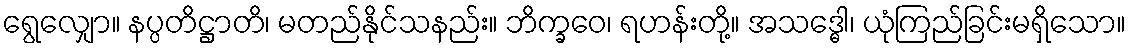
ရွေလျှော။ နပ္ပတိဋ္ဌာတိ၊ မတည်နိုင်သနည်း။ ဘိက္ခဝေ၊ ရဟန်းတို့။ အသဒ္ဓေါ၊ ယုံကြည်ခြင်းမရှိသော။